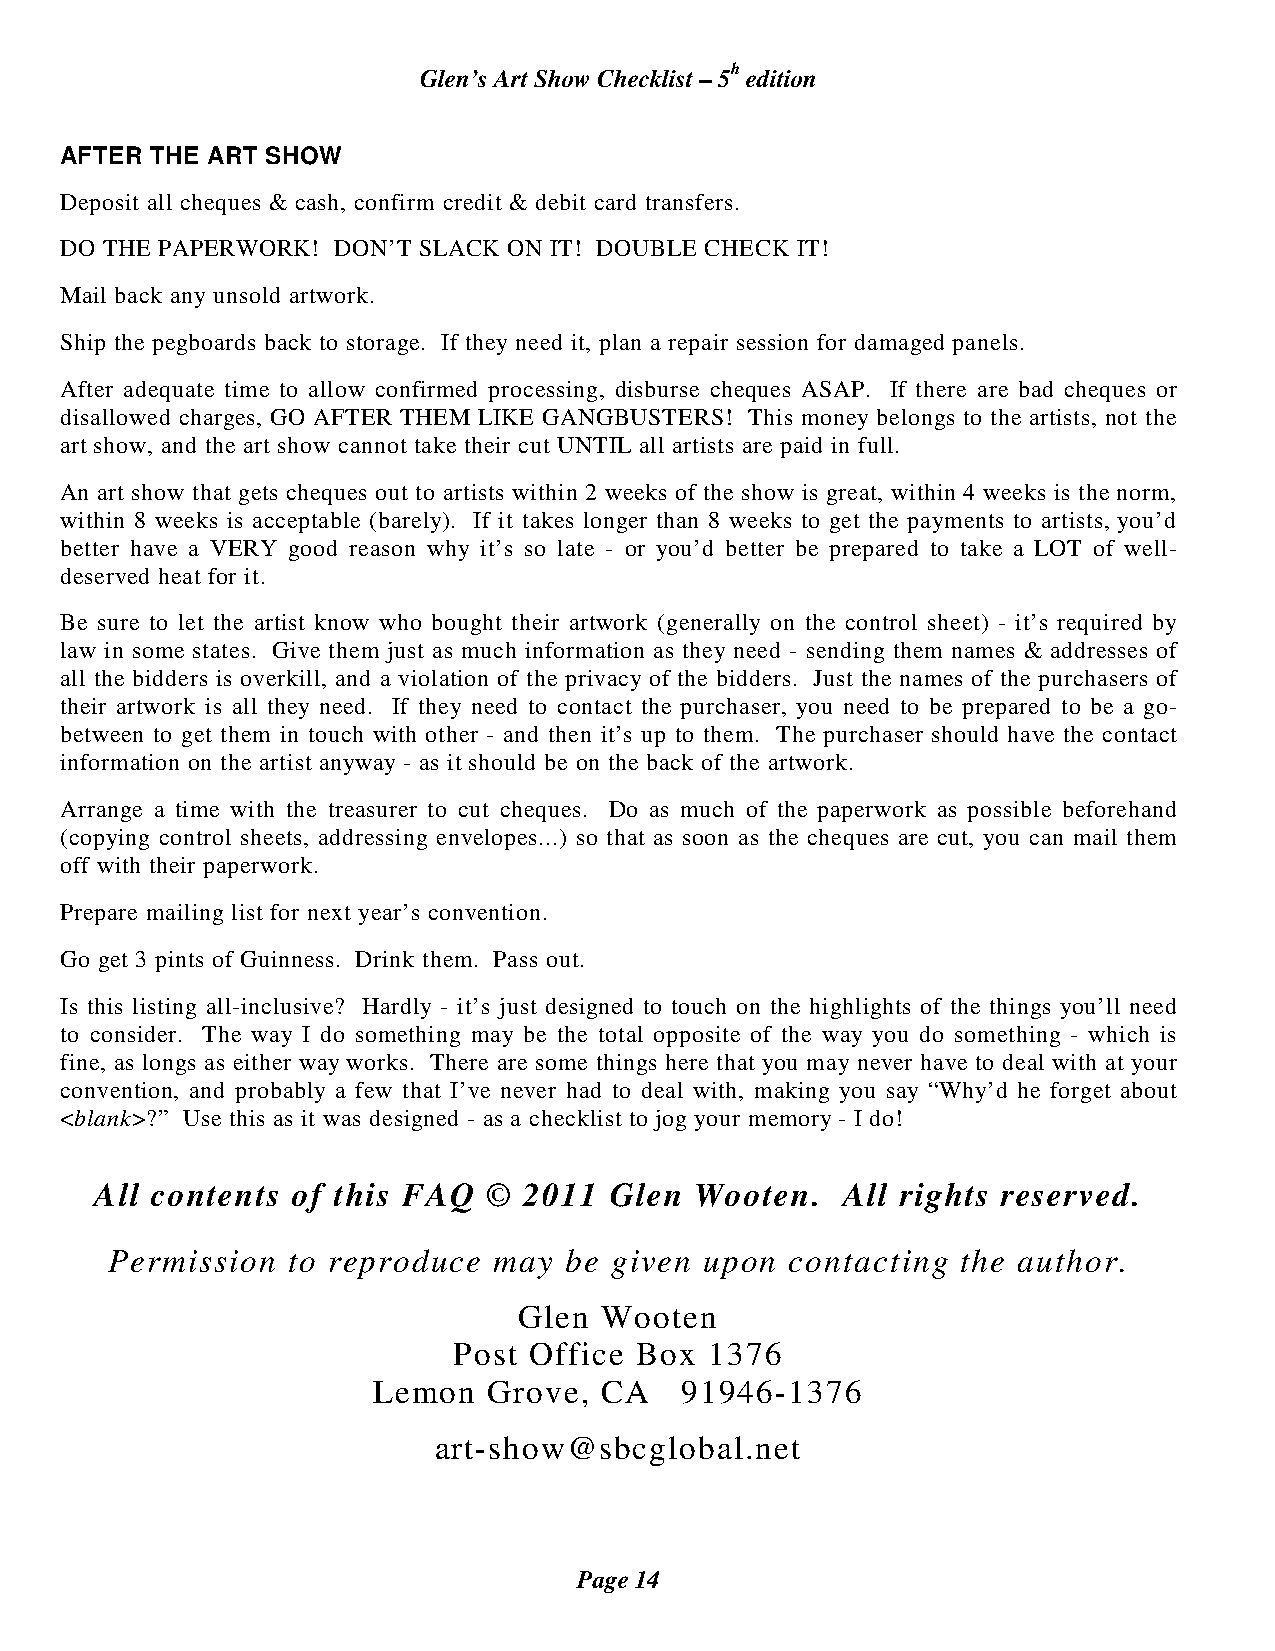
Glen’s Art Show Checklist – 5h edition
 AFTER THE ART SHOW
 Deposit all cheques & cash, confirm credit & debit card transfers.
 DO THE PAPERWORK! DON’T SLACK ON IT! DOUBLE CHECK IT!
 Mail back any unsold artwork.
 Ship the pegboards back to storage. If they need it, plan a repair session for damaged panels.
 After adequate time to allow confirmed processing, disburse cheques ASAP. If there are bad cheques or
 disallowed charges, GO AFTER THEM LIKE GANGBUSTERS! This money belongs to the artists, not the
 art show, and the art show cannot take their cut UNTIL all artists are paid in full.
 An art show that gets cheques out to artists within 2 weeks of the show is great, within 4 weeks is the norm,
 within 8 weeks is acceptable (barely). If it takes longer than 8 weeks to get the payments to artists, you’d
 better have a VERY good reason why it’s so late - or you’d better be prepared to take a LOT of well-
 deserved heat for it.
 Be sure to let the artist know who bought their artwork (generally on the control sheet) - it’s required by
 law in some states. Give them just as much information as they need - sending them names & addresses of
 all the bidders is overkill, and a violation of the privacy of the bidders. Just the names of the purchasers of
 their artwork is all they need. If they need to contact the purchaser, you need to be prepared to be a go-
 between to get them in touch with other - and then it’s up to them. The purchaser should have the contact
 information on the artist anyway - as it should be on the back of the artwork.
 Arrange a time with the treasurer to cut cheques. Do as much of the paperwork as possible beforehand
 (copying control sheets, addressing envelopes...) so that as soon as the cheques are cut, you can mail them
 off with their paperwork.
 Prepare mailing list for next year’s convention.
 Go get 3 pints of Guinness. Drink them. Pass out.
 Is this listing all-inclusive? Hardly - it’s just designed to touch on the highlights of the things you’ll need
 to consider. The way I do something may be the total opposite of the way you do something - which is
 fine, as longs as either way works. There are some things here that you may never have to deal with at your
 convention, and probably a few that I’ve never had to deal with, making you say “Why’d he forget about
 <blank>?” Use this as it was designed - as a checklist to jog your memory - I do!
 All contents of this FAQ  ©  2011 Glen  Wooten.   All rights reserved.
 Permission  to reproduce  may be  given upon contacting  the author.
 Glen  Wooten
 Post Office Box  1376
 Lemon  Grove,  CA   91946-1376
 art-show@sbcglobal.net
 Page 14